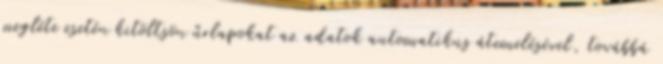
megléte esetén kitöltsön űrlapokat az adatok automatikus átemelésével, továbbá